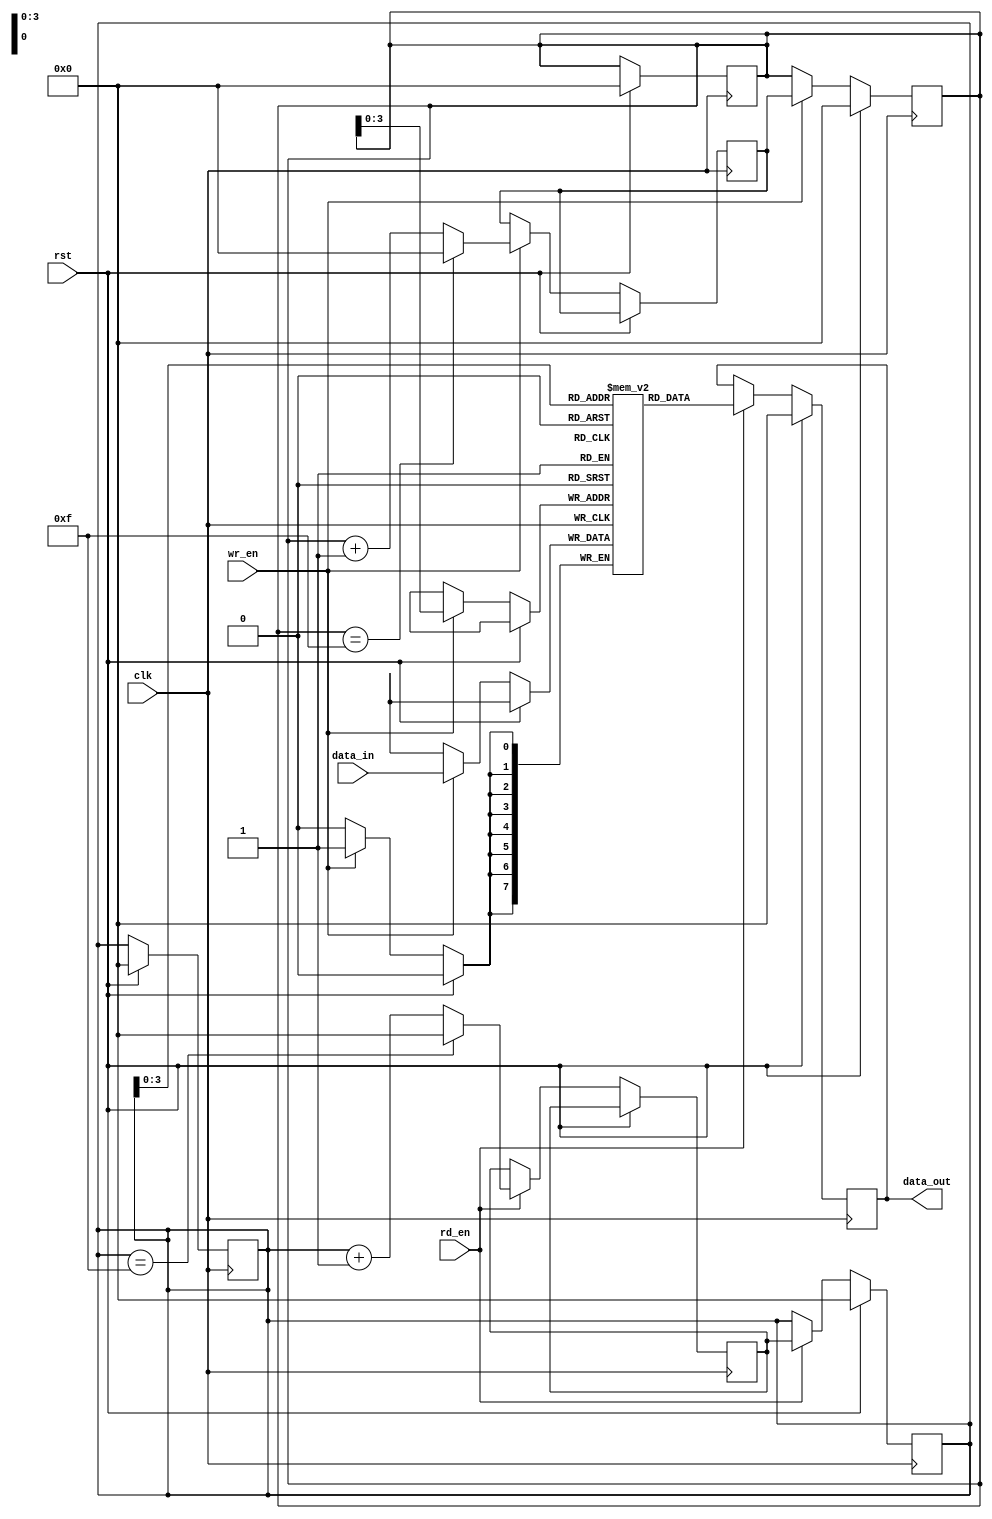
module fifo #(
  parameter DATA_WIDTH = 8, //Data width of the FIFO
  parameter DEPTH = 16       //Depth of the FIFO
)(
  input wire clk,            //Clock signal
  input wire rst,            //Reset signal
  input wire wr_en,          //Write enable signal
  input wire rd_en,          //Read enable signal
  input wire [DATA_WIDTH-1:0] data_in,  //Input data
  output wire [DATA_WIDTH-1:0] data_out   //Output data
);

//Internal signals and registers
reg [DATA_WIDTH-1:0] fifo[DEPTH-1:0];  //FIFO memory
reg [DATA_WIDTH-1:0] data_out;         //Output data register
reg [DATA_WIDTH-1:0] rd_ptr;           //Read pointer
reg [DATA_WIDTH-1:0] wr_ptr;           //Write pointer
reg [DATA_WIDTH-1:0] next_wr_ptr;      //Next write pointer
reg [DATA_WIDTH-1:0] next_rd_ptr;      //Next read pointer

//FIFO write logic
always @(posedge clk) begin
  if (rst) begin
    wr_ptr <= 0;
    rd_ptr <= 0;
  end
  else if (wr_en) begin
    fifo[wr_ptr] <= data_in;
    next_wr_ptr <= (wr_ptr == DEPTH-1) ? 0 : wr_ptr + 1;
    wr_ptr <= next_wr_ptr;
  end
end

//FIFO read logic
always @(posedge clk) begin
  if (rst) begin
    data_out <= 0;
    wr_ptr <= 0;
    rd_ptr <= 0;
  end
  else if (rd_en) begin
    data_out <= fifo[rd_ptr];
    next_rd_ptr <= (rd_ptr == DEPTH-1) ? 0 : rd_ptr + 1;
    rd_ptr <= next_rd_ptr;
  end
end

endmodule